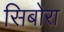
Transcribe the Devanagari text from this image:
सिबोरा